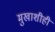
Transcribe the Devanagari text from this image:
मुखाशीही